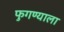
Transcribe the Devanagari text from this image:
फुगण्याला